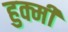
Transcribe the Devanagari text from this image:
हुक्मी